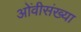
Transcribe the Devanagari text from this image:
ओंवीसंख्या